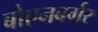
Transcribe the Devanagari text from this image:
बोएनबर्गर